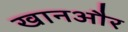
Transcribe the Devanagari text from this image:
खानऔर